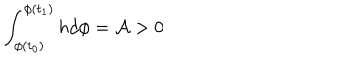
\int _ { \phi ( t _ { 0 } ) } ^ { \phi ( t _ { 1 } ) } h d \phi = { \cal A } > 0